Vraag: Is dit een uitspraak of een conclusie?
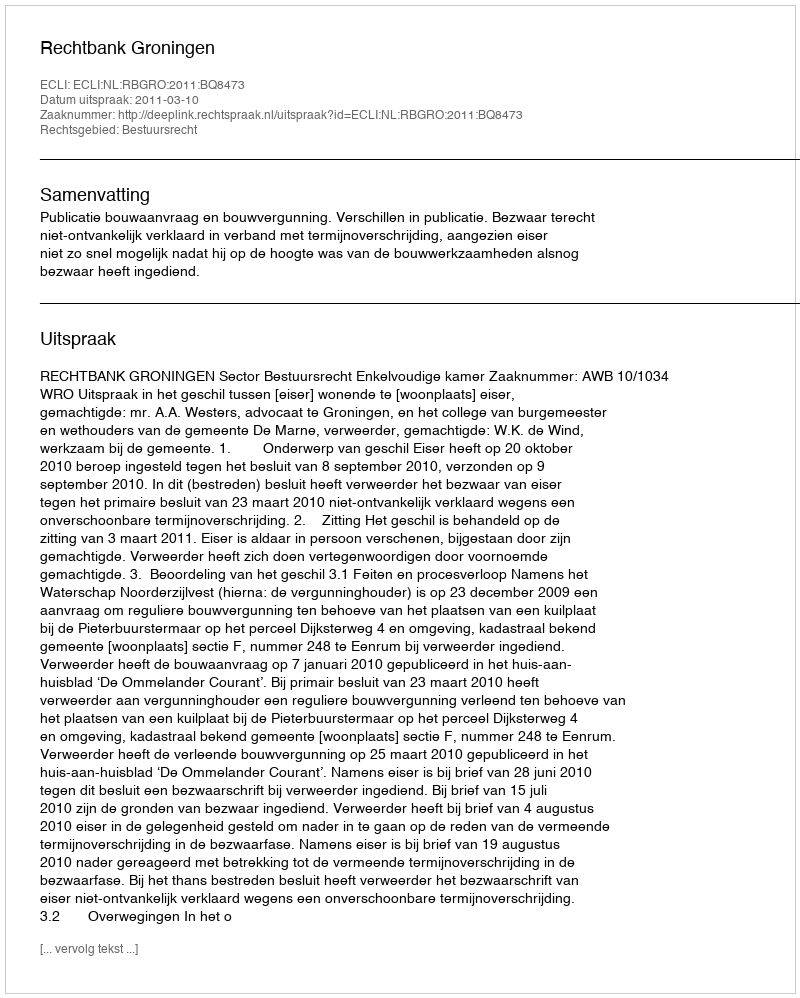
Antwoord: Uitspraak